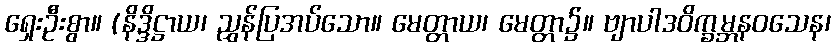
ရှေးဦးစွာ။ (နိဒ္ဒိဋ္ဌာယ၊ ညွှန်ပြအပ်သော။ မေတ္တာယ၊ မေတ္တာ၌။ ဗျာပါဒဝိက္ခမ္ဘနဝသေန၊